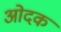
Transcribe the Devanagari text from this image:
ओदक